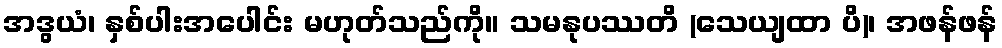
အဒွယံ၊ နှစ်ပါးအပေါင်း မဟုတ်သည်ကို။ သမနုပဿတိ (သေယျထာ ပိ)၊ အဖန်ဖန်